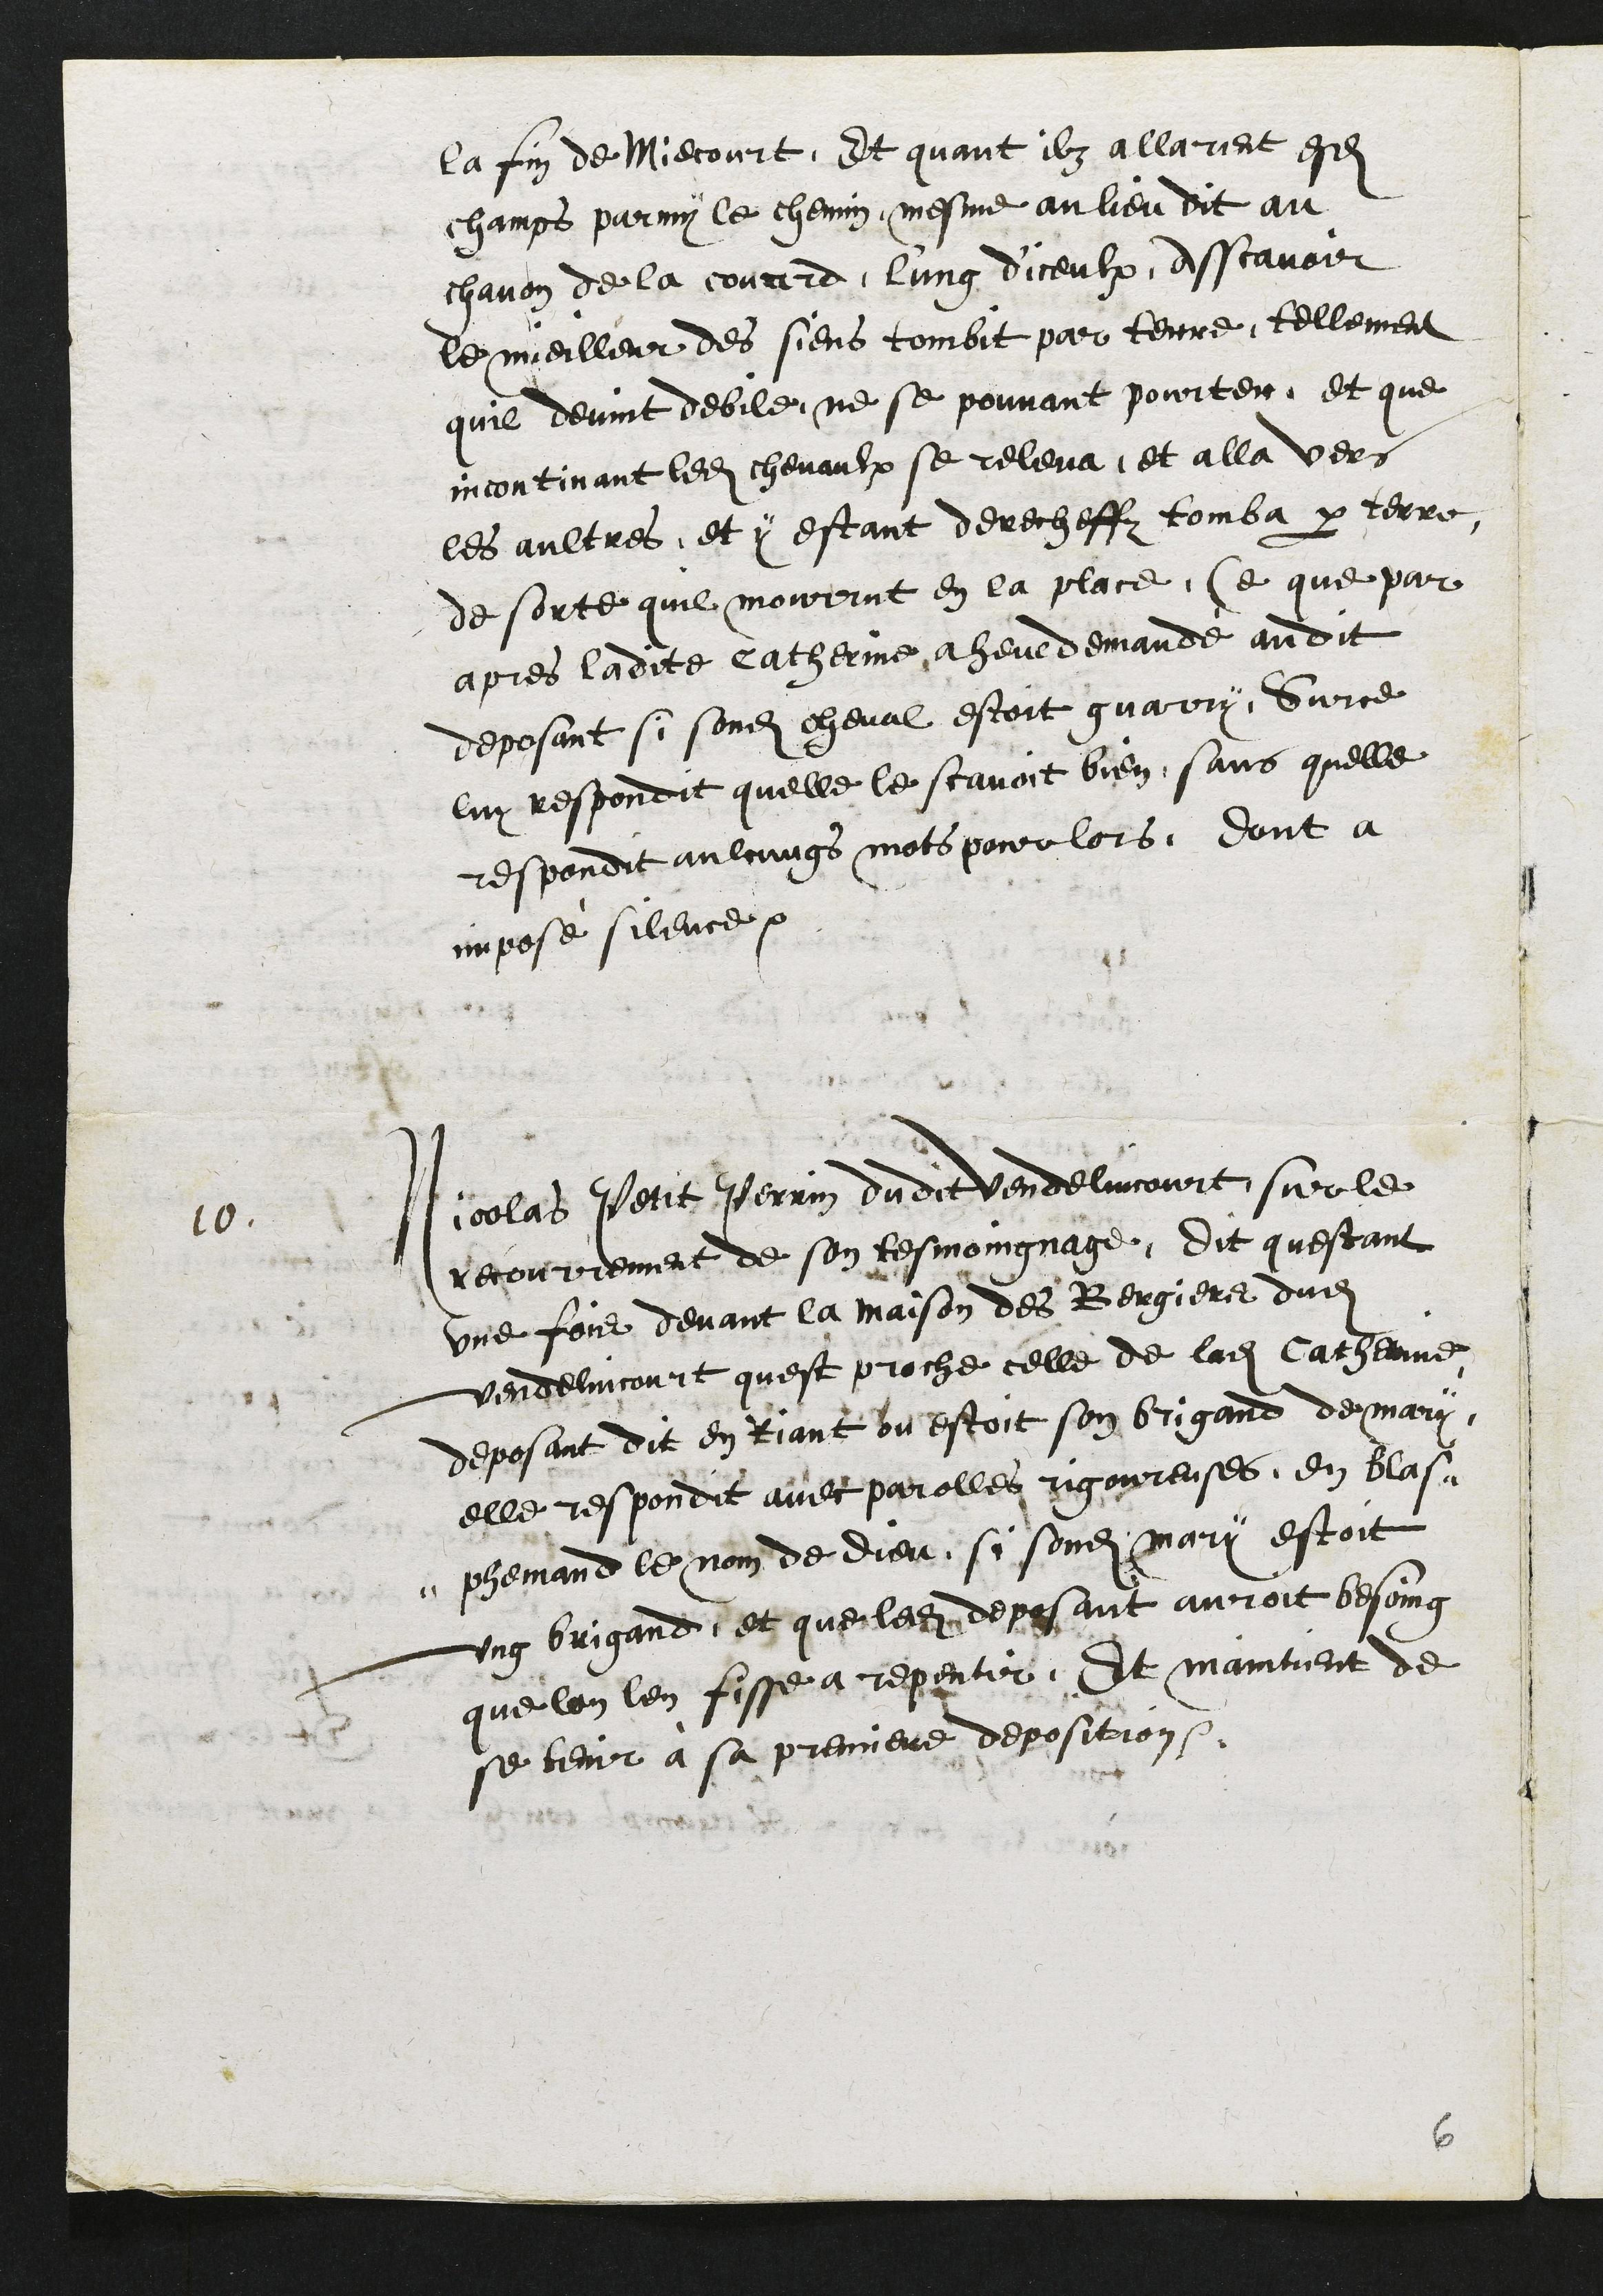
la fin de Miecourt, Et quant ilz allarent esdits
champs parmy le chemin, mesme au lieu dit au
chavon de la courd, lung d'iceulx, Asscavoir
le mieilleur des siens tombit par terre, tellement
quil devint debile, ne se pouvant pourter, et que
incontinant ledit chevaulx se releva et alla vers
les aultres, et y estant derecheffz tomba par terre,
de sorte quil mourrut en la place, Ce que par
apres ladite catherinne a heue demandé audit
deposant si sondit cheval estoit guarry. Sur ce
luy respondit quelle le scavoit bien, sans quelle
respondit aulcungs mots pour lors. Dont a
imposé silence
10.
Nicolas Petit Perrin dudit Vendelincourt, sur le
recourrement de son tesmoingnage, Dit questant
une fois devant la maison des Bergiers dudit
Vendelincourt quest proche celle de ladite Catherinne
deposant dit en Riant ou estoit son brigand de mary,
elle respondit avec parolles rigoureuses, en blas¬
phemand le nom de Dieu, si sondit mari estoit
ung brigand, et que ledit deposant auroit besoing
que lon len fisse a repentir, Et maintient de
se tenir à sa premiere deposition.

6